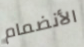
الأنضمام